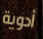
أدوية